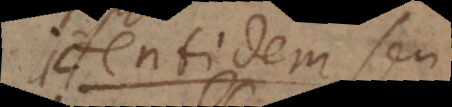
Identidem seu